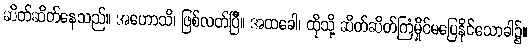
ဆိတ်ဆိတ်နေသည်။ အဟောသိ၊ ဖြစ်လတ်ပြီ။ အထခေါ၊ ထိုသို့ ဆိတ်ဆိတ်ကြံမှိုင်မပြေနိုင်သောခါ၌။